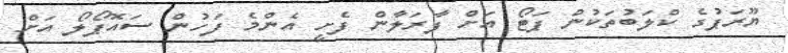
ޔޫރަޕުގެ ކްލަބުތަކުން ޕަޓޯ އަށް ފާރަލާން ފެށީ އެންމެ ފަހުން ސައޮޕޯލޯ އަށް